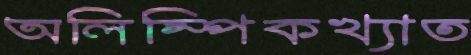
অলিম্পিকখ্যাত